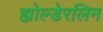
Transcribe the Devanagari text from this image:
ह्योल्डेरलिन